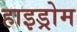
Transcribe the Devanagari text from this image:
हाइड्रोम